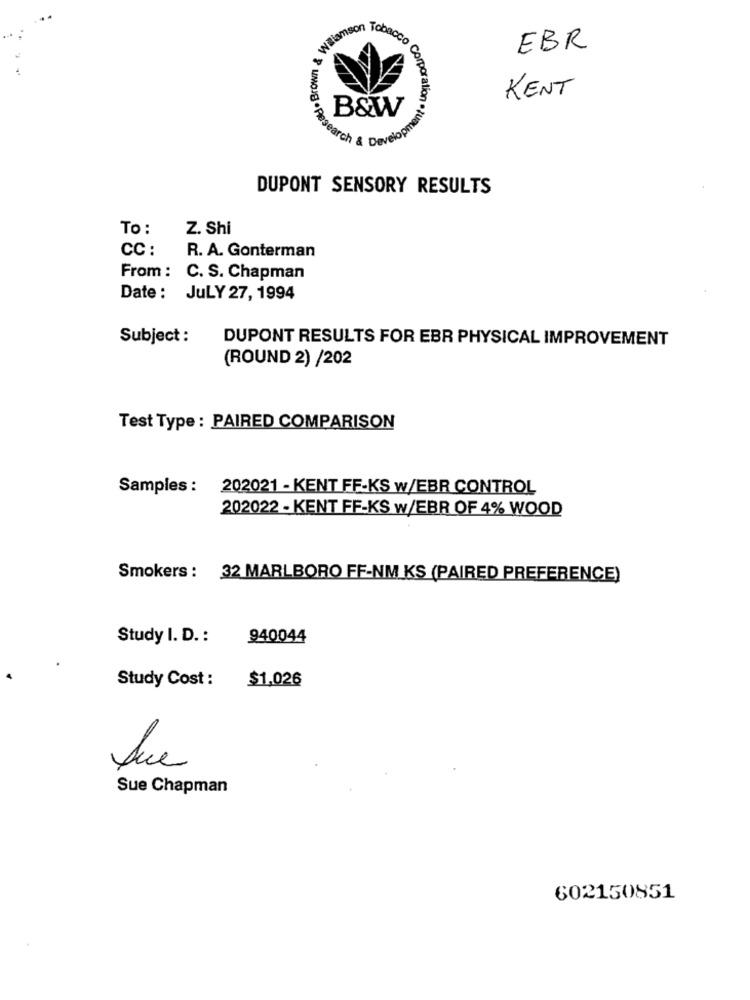
Waiamson Tobaco
EBR
KENT
B&W
search & Deve
UMOJE . Researc
DUPONT SENSORY RESULTS
To :
Z. Shi
CC :
R. A. Gonterman
From : C. S. Chapman
Date : JULY 27, 1994
Subject :
DUPONT RESULTS FOR EBR PHYSICAL IMPROVEMENT
(ROUND 2) /202
Test Type : PAIRED COMPARISON
Samples : 202021 - KENT FF-KS w/EBR CONTROL
202022 - KENT FF-KS w/EBR OF 4% WOOD
Smokers : 32 MARLBORO FF-NM KS (PAIRED PREFERENCE)
Study I. D. :
940044
Study Cost :
$1,026
Que
Sue Chapman
602150851